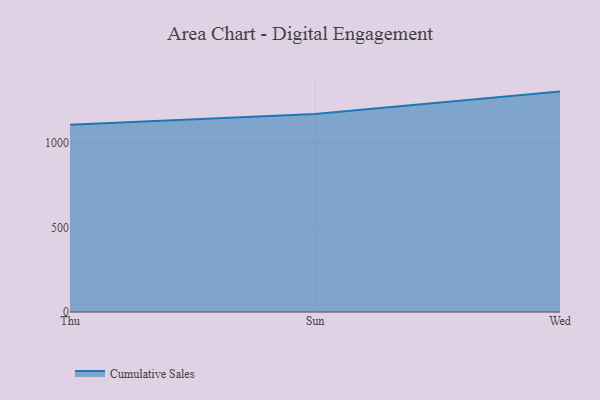
{"axis": {"x": "Day", "y": "Production Output"}, "legend": ["Cumulative Sales"], "data": [{"x": "Thu", "y": 1106.4, "type": "Cumulative Sales"}, {"x": "Sun", "y": 1171.0, "type": "Cumulative Sales"}, {"x": "Wed", "y": 1302.7, "type": "Cumulative Sales"}]}